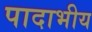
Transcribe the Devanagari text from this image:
पादाभीय